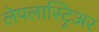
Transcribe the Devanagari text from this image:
लेपलास्ट्रिअर